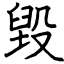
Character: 毀